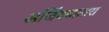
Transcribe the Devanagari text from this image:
अजिंक्यातारा